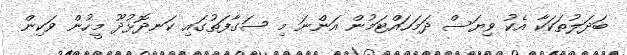
ބަދަލުތަކަކާ އެކު ވިޔަސް ދަމަހައްޓަމުން އަންނަ މި ސަގާފަތުގައި ކަނދޮޅުދޫ މީހުން ވަކިން